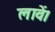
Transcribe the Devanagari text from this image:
लावें।